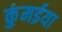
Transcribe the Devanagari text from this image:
कुंमईया